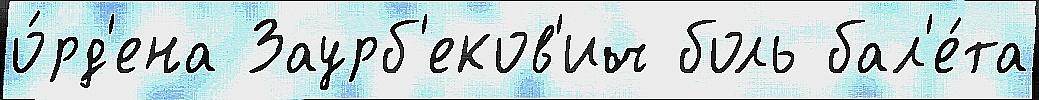
о́рд'ена Заурб'еков'ич боль бал'е́та